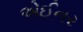
એઈનર